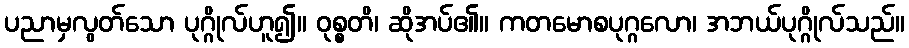
ပညာမှလွတ်သော ပုဂ္ဂိုလ်ဟူ၍။ ဝုစ္စတိ၊ ဆိုအပ်၏။ ကတမောစပုဂ္ဂလော၊ အဘယ်ပုဂ္ဂိုလ်သည်။